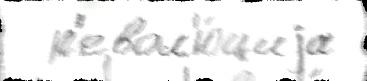
  р'евол'ю́циjа